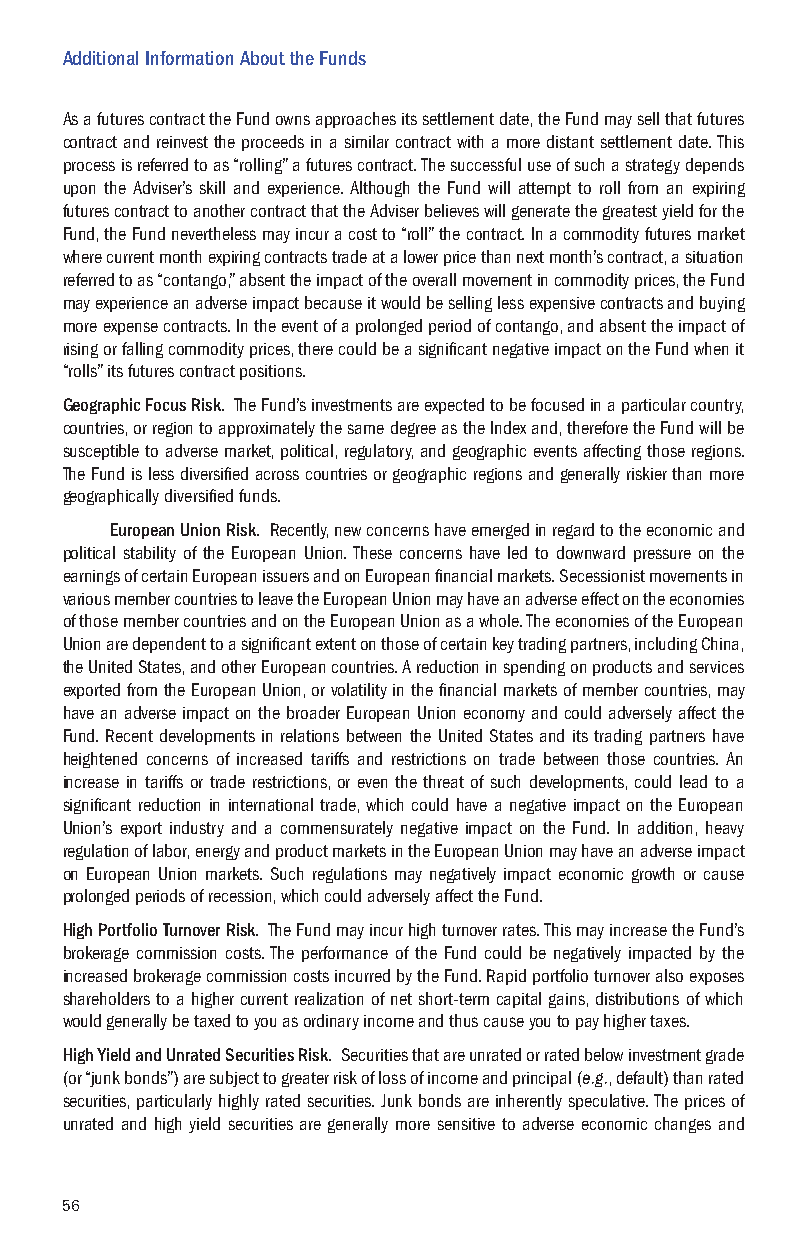
Additional Information About the Funds
 As a futures contract the Fund owns approaches its settlement date, the Fund may sell that futures
 contract and reinvest the proceeds in a similar contract with a more distant settlement date. This
 process is referred to as “rolling” a futures contract. The successful use of such a strategy depends
 upon the Adviser’s skill and experience. Although the Fund will attempt to roll from an expiring
 futures contract to another contract that the Adviser believes will generate the greatest yield for the
 Fund, the Fund nevertheless may incur a cost to “roll” the contract. In a commodity futures market
 where current month expiring contracts trade at a lower price than next month’s contract, a situation
 referred to as “contango,” absent the impact of the overall movement in commodity prices, the Fund
 may experience an adverse impact because it would be selling less expensive contracts and buying
 more expense contracts. In the event of a prolonged period of contango, and absent the impact of
 rising or falling commodity prices, there could be a significant negative impact on the Fund when it
 “rolls” its futures contract positions.
 Geographic Focus Risk. The Fund’s investments are expected to be focused in a particular country,
 countries, or region to approximately the same degree as the Index and, therefore the Fund will be
 susceptible to adverse market, political, regulatory, and geographic events affecting those regions.
 The Fund is less diversified across countries or geographic regions and generally riskier than more
 geographically diversified funds.
 European Union Risk. Recently, new concerns have emerged in regard to the economic and
 political stability of the European Union. These concerns have led to downward pressure on the
 earnings of certain European issuers and on European financial markets. Secessionist movements in
 various member countries to leave the European Union may have an adverse effect on the economies
 of those member countries and on the European Union as a whole. The economies of the European
 Union are dependent to a significant extent on those of certain key trading partners, including China,
 the United States, and other European countries. A reduction in spending on products and services
 exported from the European Union, or volatility in the financial markets of member countries, may
 have an adverse impact on the broader European Union economy and could adversely affect the
 Fund. Recent developments in relations between the United States and its trading partners have
 heightened concerns of increased tariffs and restrictions on trade between those countries. An
 increase in tariffs or trade restrictions, or even the threat of such developments, could lead to a
 significant reduction in international trade, which could have a negative impact on the European
 Union’s export industry and a commensurately negative impact on the Fund. In addition, heavy
 regulation of labor, energy and product markets in the European Union may have an adverse impact
 on European Union markets. Such regulations may negatively impact economic growth or cause
 prolonged periods of recession, which could adversely affect the Fund.
 High Portfolio Turnover Risk. The Fund may incur high turnover rates. This may increase the Fund’s
 brokerage commission costs. The performance of the Fund could be negatively impacted by the
 increased brokerage commission costs incurred by the Fund. Rapid portfolio turnover also exposes
 shareholders to a higher current realization of net short-term capital gains, distributions of which
 would generally be taxed to you as ordinary income and thus cause you to pay higher taxes.
 High Yield and Unrated Securities Risk. Securities that are unrated or rated below investment grade
 (or “junk bonds”) are subject to greater risk of loss of income and principal (e.g., default) than rated
 securities, particularly highly rated securities. Junk bonds are inherently speculative. The prices of
 unrated and high yield securities are generally more sensitive to adverse economic changes and
 56